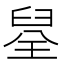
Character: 𮍪